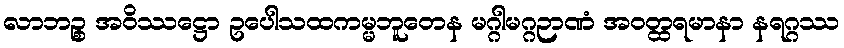
လာဘဉ္စ အဝိဿဋ္ဌော ဥပေါသထကမ္မဘူတေန မဂ္ဂါမဂ္ဂဉာဏံ အဝတ္ထရမာနာ နရဂ္ဂဿ